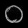
Digit: ၀